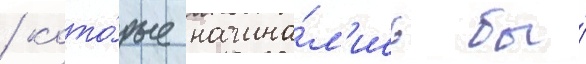
/ кото́рые начина́л'ись бы́